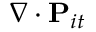
\nabla \cdot \mathbf { P } _ { i t }